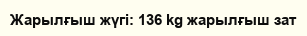
Жарылғыш жүгі: 136 kg жарылғыш зат